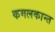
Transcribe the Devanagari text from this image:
कमलकान्त